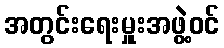
အတွင်းရေးမှူးအဖွဲ့ဝင်